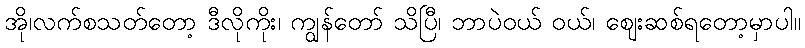
အို၊လက်စသတ်တော့ ဒီလိုကိုး၊ ကျွန်တော် သိပြီ၊ ဘာပဲဝယ် ဝယ်၊ ဈေးဆစ်ရတော့မှာပါ။